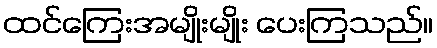
ထင်ကြေးအမျိုးမျိုး ပေးကြသည်။